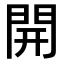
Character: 開